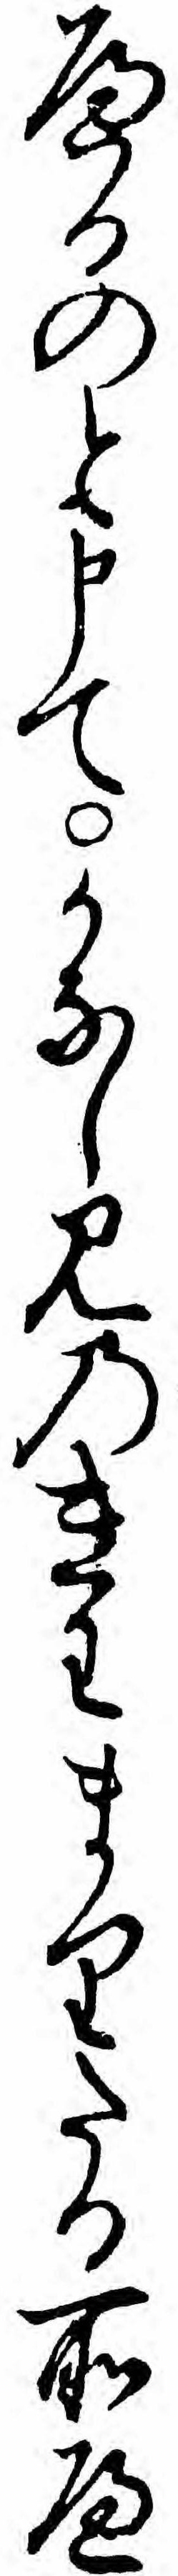
へるのと申てかなしみのきわまりたる所へ